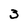
Character: 3